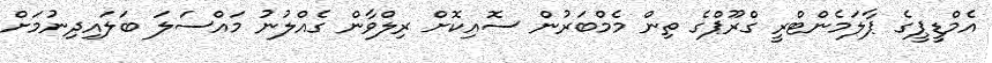
އެމްޑީޕީގެ ޕާލަމެންޓްރީ ގްރޫޕްގެ ތިން މެމްބަރުން ސޮއިކޮށް ރިލްވާން ގެއްލުނު މައްސަލަ ބަލައިދިނުމަށް